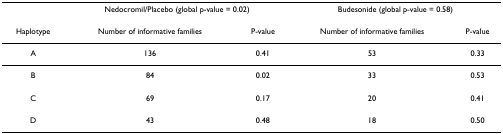
|  | <COLSPAN=2> Nedocromil/Placebo (global p-value = 0.02) | <COLSPAN=2> Budesonide (global p-value = 0.58) |
 | --- | --- | --- | --- | --- |
 | Haplotype | Number of informative families | P-value | Number of informative families | P-value |
 | A | 136 | 0.41 | 53 | 0.33 |
 | B | 84 | 0.02 | 33 | 0.53 |
 | C | 69 | 0.17 | 20 | 0.41 |
 | D | 43 | 0.48 | 18 | 0.50 |